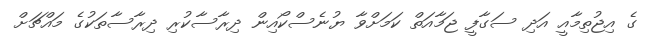
ގެ އިޖުތިމާއީ އަދި ސަގާފީ ޖަމާއަތް ކަމަށްވާ ޔުނެސްކޯއިން ދިރާސާކުރި ދިރާސާތަކުގެ މައްޗަށް